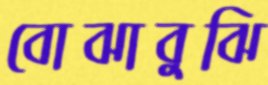
বোঝাবুঝি